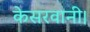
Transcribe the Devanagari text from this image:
केसरवानी।